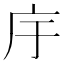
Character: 㡰